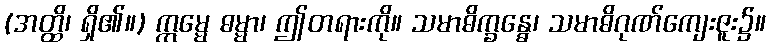
(အတ္ထိ၊ ရှိ၏။) ဣမ္မေ ဓမ္မာ၊ ဤတရားကို။ သမာဓိက္ခန္ဓေ၊ သမာဓိဂုဏ်ကျေးဇူး၌။